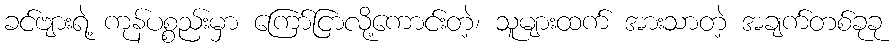
ခင်ဗျားရဲ့ ကုန်ပစ္စည်းမှာ ကြော်ငြာလို့ကောင်းတဲ့၊ သူများထက် အားသာတဲ့ အချက်တစ်ခုခု